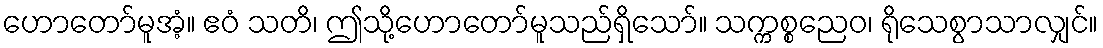
ဟောတော်မူအံ့။ ဧဝံ သတိ၊ ဤသို့ဟောတော်မူသည်ရှိသော်။ သက္ကစ္စညေဝ၊ ရိုသေစွာသာလျှင်။